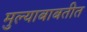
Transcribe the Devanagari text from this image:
मुल्याबाबतीत